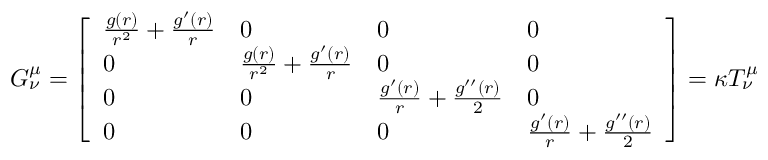
\begin{array} { r } { G _ { \nu } ^ { \mu } = \left[ \begin{array} { l l l l } { \frac { g ( r ) } { r ^ { 2 } } + \frac { g ^ { \prime } ( r ) } { r } } & { 0 } & { 0 } & { 0 } \\ { 0 } & { \frac { g ( r ) } { r ^ { 2 } } + \frac { g ^ { \prime } ( r ) } { r } } & { 0 } & { 0 } \\ { 0 } & { 0 } & { \frac { g ^ { \prime } ( r ) } { r } + \frac { g ^ { \prime \prime } ( r ) } { 2 } } & { 0 } \\ { 0 } & { 0 } & { 0 } & { \frac { g ^ { \prime } ( r ) } { r } + \frac { g ^ { \prime \prime } ( r ) } { 2 } } \end{array} \right] = \kappa T _ { \nu } ^ { \mu } } \end{array}